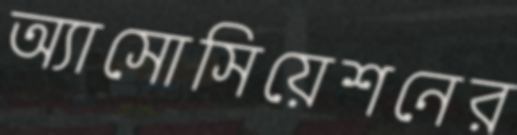
অ্যাসোসিয়েশনের